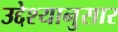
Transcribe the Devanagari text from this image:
उद्देश्यानुसार